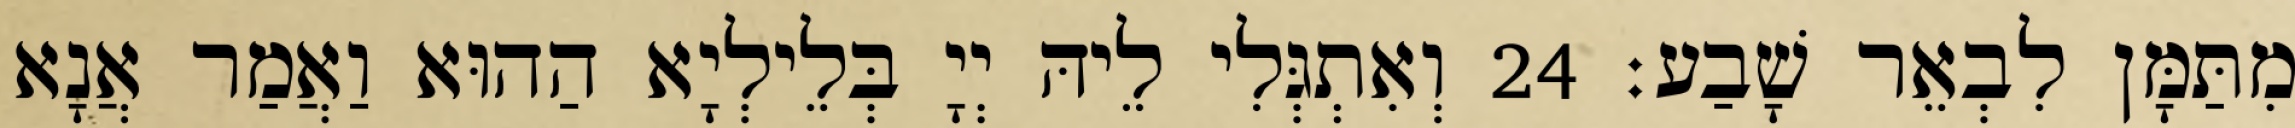
מִתַּמָּן לִבְאֵר שָׁבַע׃ 24 וְאִתְגְּלִי לֵיהּ יְיָ בְּלֵילְיָא הַהוּא וַאֲמַר אֲנָא